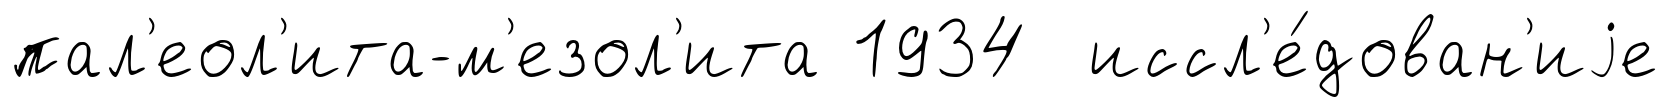
пал'еол'ита-м'езол'ита 1934 иссл'е́дован'иjе